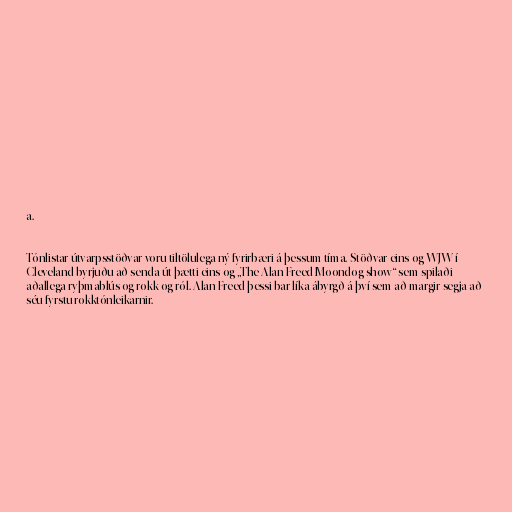
a.

Tónlistar útvarpsstöðvar voru tiltölulega ný fyrirbæri á þessum tíma. Stöðvar eins og WJW í
Cleveland byrjuðu að senda út þætti eins og „The Alan Freed Moondog show“ sem spilaði
aðallega ryþmablús og rokk og ról. Alan Freed þessi bar líka ábyrgð á því sem að margir segja að
séu fyrstu rokktónleikarnir.